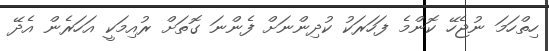
ހިތްހަމަ ނުޖެހޭ ކޮންމެ ފަހަރަކު ކުދިންނަށް ފެންނަ ގޮތަށް ރުއިމަކީ އަހަރެން އެދޭ